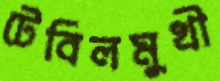
টেবিলমুখী